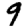
Digit: 9